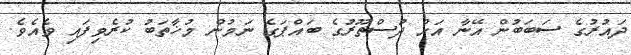
ދައުރުގެ ސަބަބުން އޭނާ އަށް ދުސްތޫރުގެ ބައްޕަގެ ނަމުން މުޚާތަބު ކުރެވިފައި ވެއެވެ.